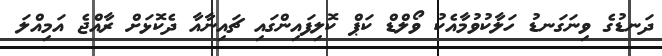
ދަނޑުގެ ވިނަގަނޑު ހަލާކުވުމާއެކު ވޯލްޑް ކަޕް ކޮލިފައިންގައި ޗައިނާއާ ދެކޮޅަށް ރާއްޖެ އަމިއްލަ